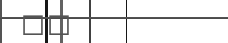
٢١